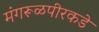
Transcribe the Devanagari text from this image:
मंगरूळपीरकडे